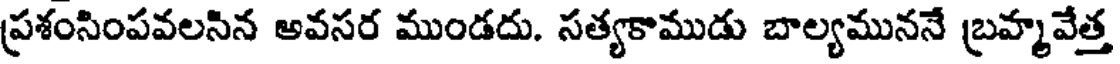
ప్రశంసింపవలసిన అవసర ముండదు. సత్యకాముడు బాల్యముననే బ్రహ్మవేత్త